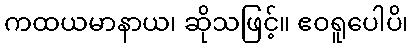
ကထယမာနာယ၊ ဆိုသဖြင့်။ ဧဝရူပေါပိ၊